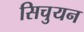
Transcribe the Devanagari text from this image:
सिचुयन